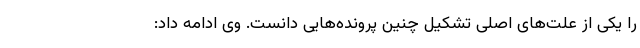
را یکی از علت‌های اصلی تشکیل چنین پرونده‌هایی دانست. وی ادامه داد: